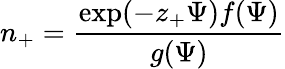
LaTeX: n_{+}=\frac{\exp(-z_{+}\Psi)f(\Psi)}{g(\Psi)}